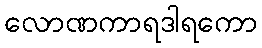
လောဏကာရဒါရကော